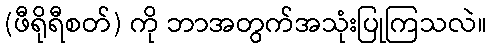
(ဖီရိုရီစတ်) ကို ဘာအတွက်အသုံးပြုကြသလဲ။